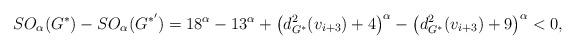
LaTeX: \begin{align*}SO_{\alpha}(G^*)-SO_{\alpha}(G^{*'})=18^{\alpha}-13^{\alpha}+\left(d_{G^*}^2(v_{i+3})+4\right)^{\alpha}-\left(d_{G^*}^2(v_{i+3})+9\right)^{\alpha}<0,\end{align*}